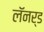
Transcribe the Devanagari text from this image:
लॅनर्ड